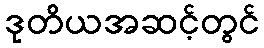
ဒုတိယအဆင့်တွင်